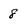
Character: 8